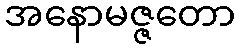
အနောမဇ္ဇတော